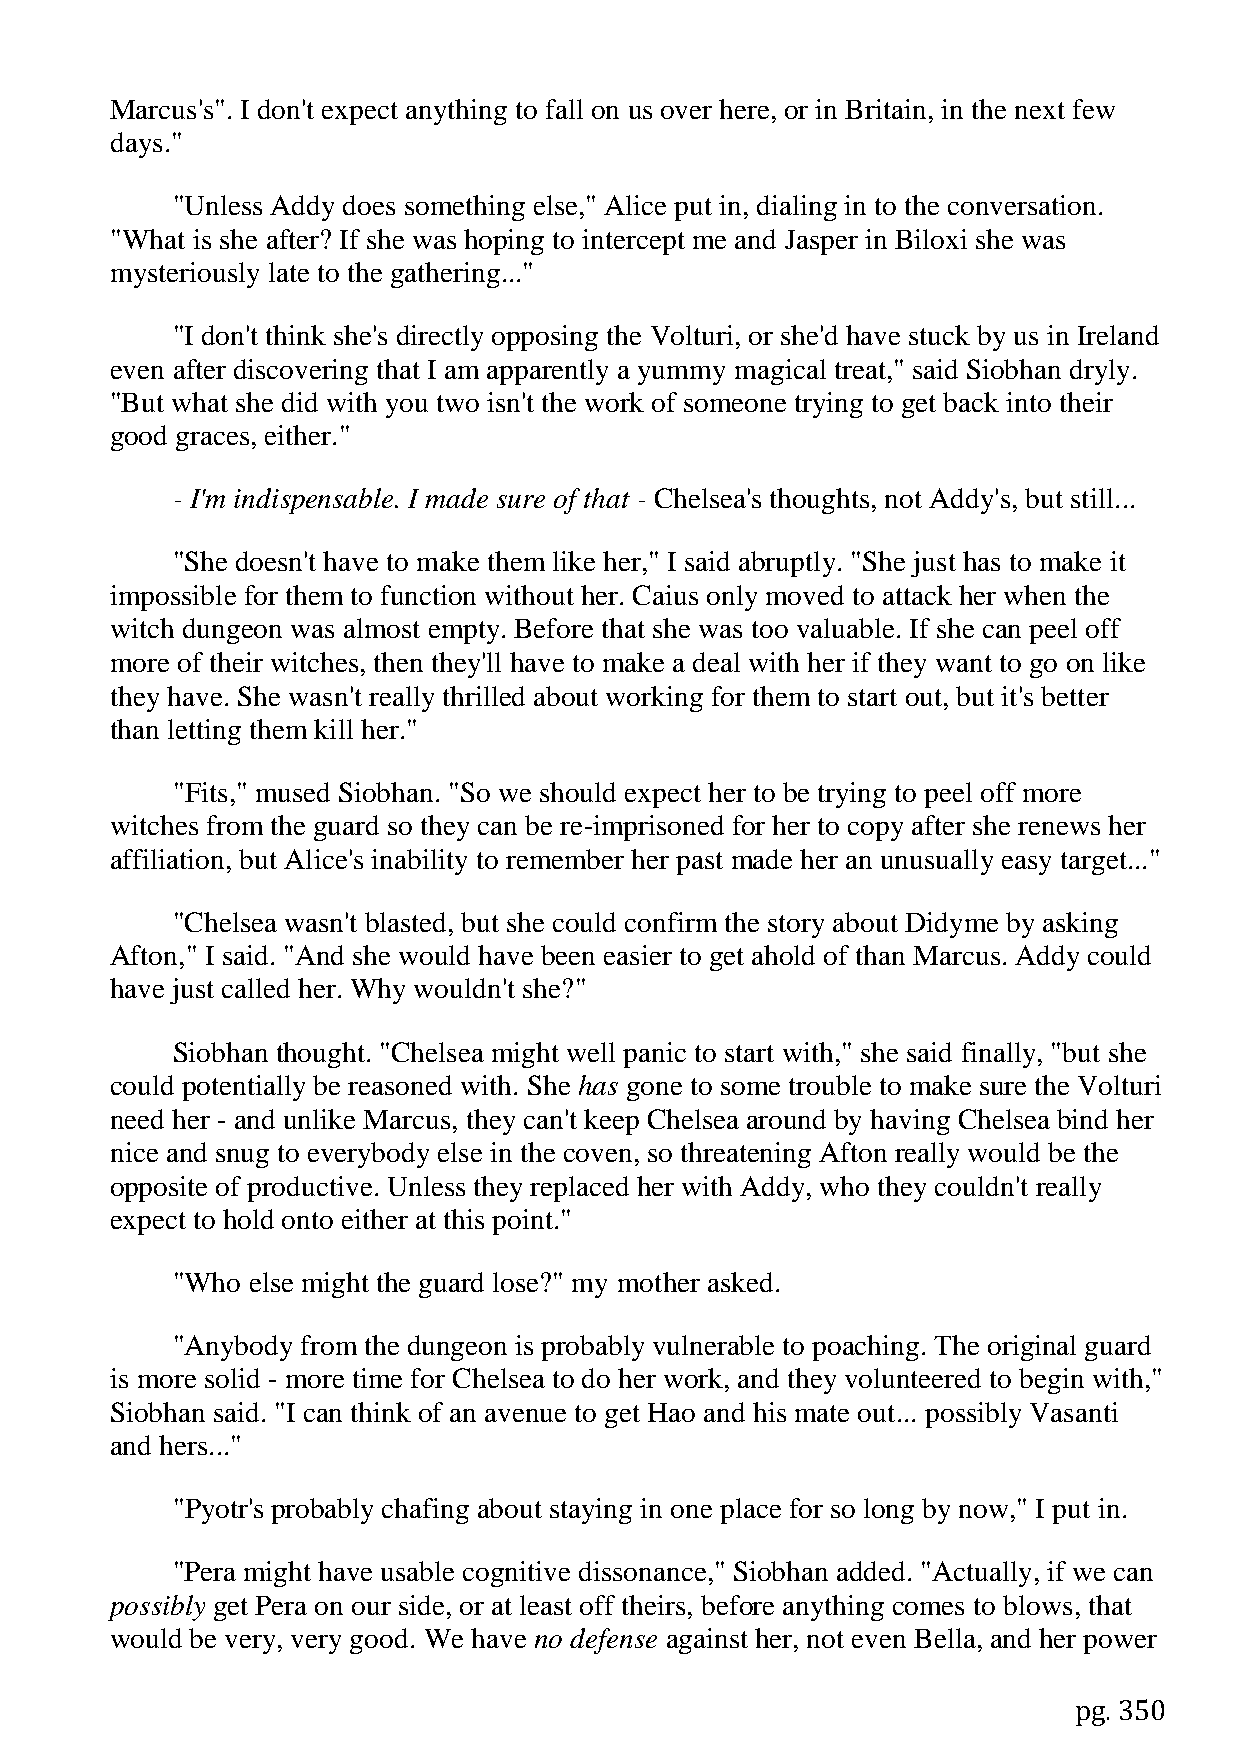
Marcus's". I don't expect anything to fall on us over here, or in Britain, in the next few
 days."
 "Unless Addy does something else," Alice put in, dialing in to the conversation.
 "What is she after? If she was hoping to intercept me and Jasper in Biloxi she was
 mysteriously late to the gathering..."
 "I don't think she's directly opposing the Volturi, or she'd have stuck by us in Ireland
 even after discovering that I am apparently a yummy magical treat," said Siobhan dryly.
 "But what she did with you two isn't the work of someone trying to get back into their
 good graces, either."
 - I'm indispensable. I made sure of that - Chelsea's thoughts, not Addy's, but still...
 "She doesn't have to make them like her," I said abruptly. "She just has to make it
 impossible for them to function without her. Caius only moved to attack her when the
 witch dungeon was almost empty. Before that she was too valuable. If she can peel off
 more of their witches, then they'll have to make a deal with her if they want to go on like
 they have. She wasn't really thrilled about working for them to start out, but it's better
 than letting them kill her."
 "Fits," mused Siobhan. "So we should expect her to be trying to peel off more
 witches from the guard so they can be re-imprisoned for her to copy after she renews her
 affiliation, but Alice's inability to remember her past made her an unusually easy target..."
 "Chelsea wasn't blasted, but she could confirm the story about Didyme by asking
 Afton," I said. "And she would have been easier to get ahold of than Marcus. Addy could
 have just called her. Why wouldn't she?"
 Siobhan thought. "Chelsea might well panic to start with," she said finally, "but she
 could potentially be reasoned with. She has gone to some trouble to make sure the Volturi
 need her - and unlike Marcus, they can't keep Chelsea around by having Chelsea bind her
 nice and snug to everybody else in the coven, so threatening Afton really would be the
 opposite of productive. Unless they replaced her with Addy, who they couldn't really
 expect to hold onto either at this point."
 "Who else might the guard lose?" my mother asked.
 "Anybody from the dungeon is probably vulnerable to poaching. The original guard
 is more solid - more time for Chelsea to do her work, and they volunteered to begin with,"
 Siobhan said. "I can think of an avenue to get Hao and his mate out... possibly Vasanti
 and hers..."
 "Pyotr's probably chafing about staying in one place for so long by now," I put in.
 "Pera might have usable cognitive dissonance," Siobhan added. "Actually, if we can
 possibly get Pera on our side, or at least off theirs, before anything comes to blows, that
 would be very, very good. We have no defense against her, not even Bella, and her power
 pg. 350